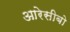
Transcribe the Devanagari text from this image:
आरेसीबो